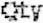
QTY